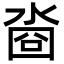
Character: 㴅